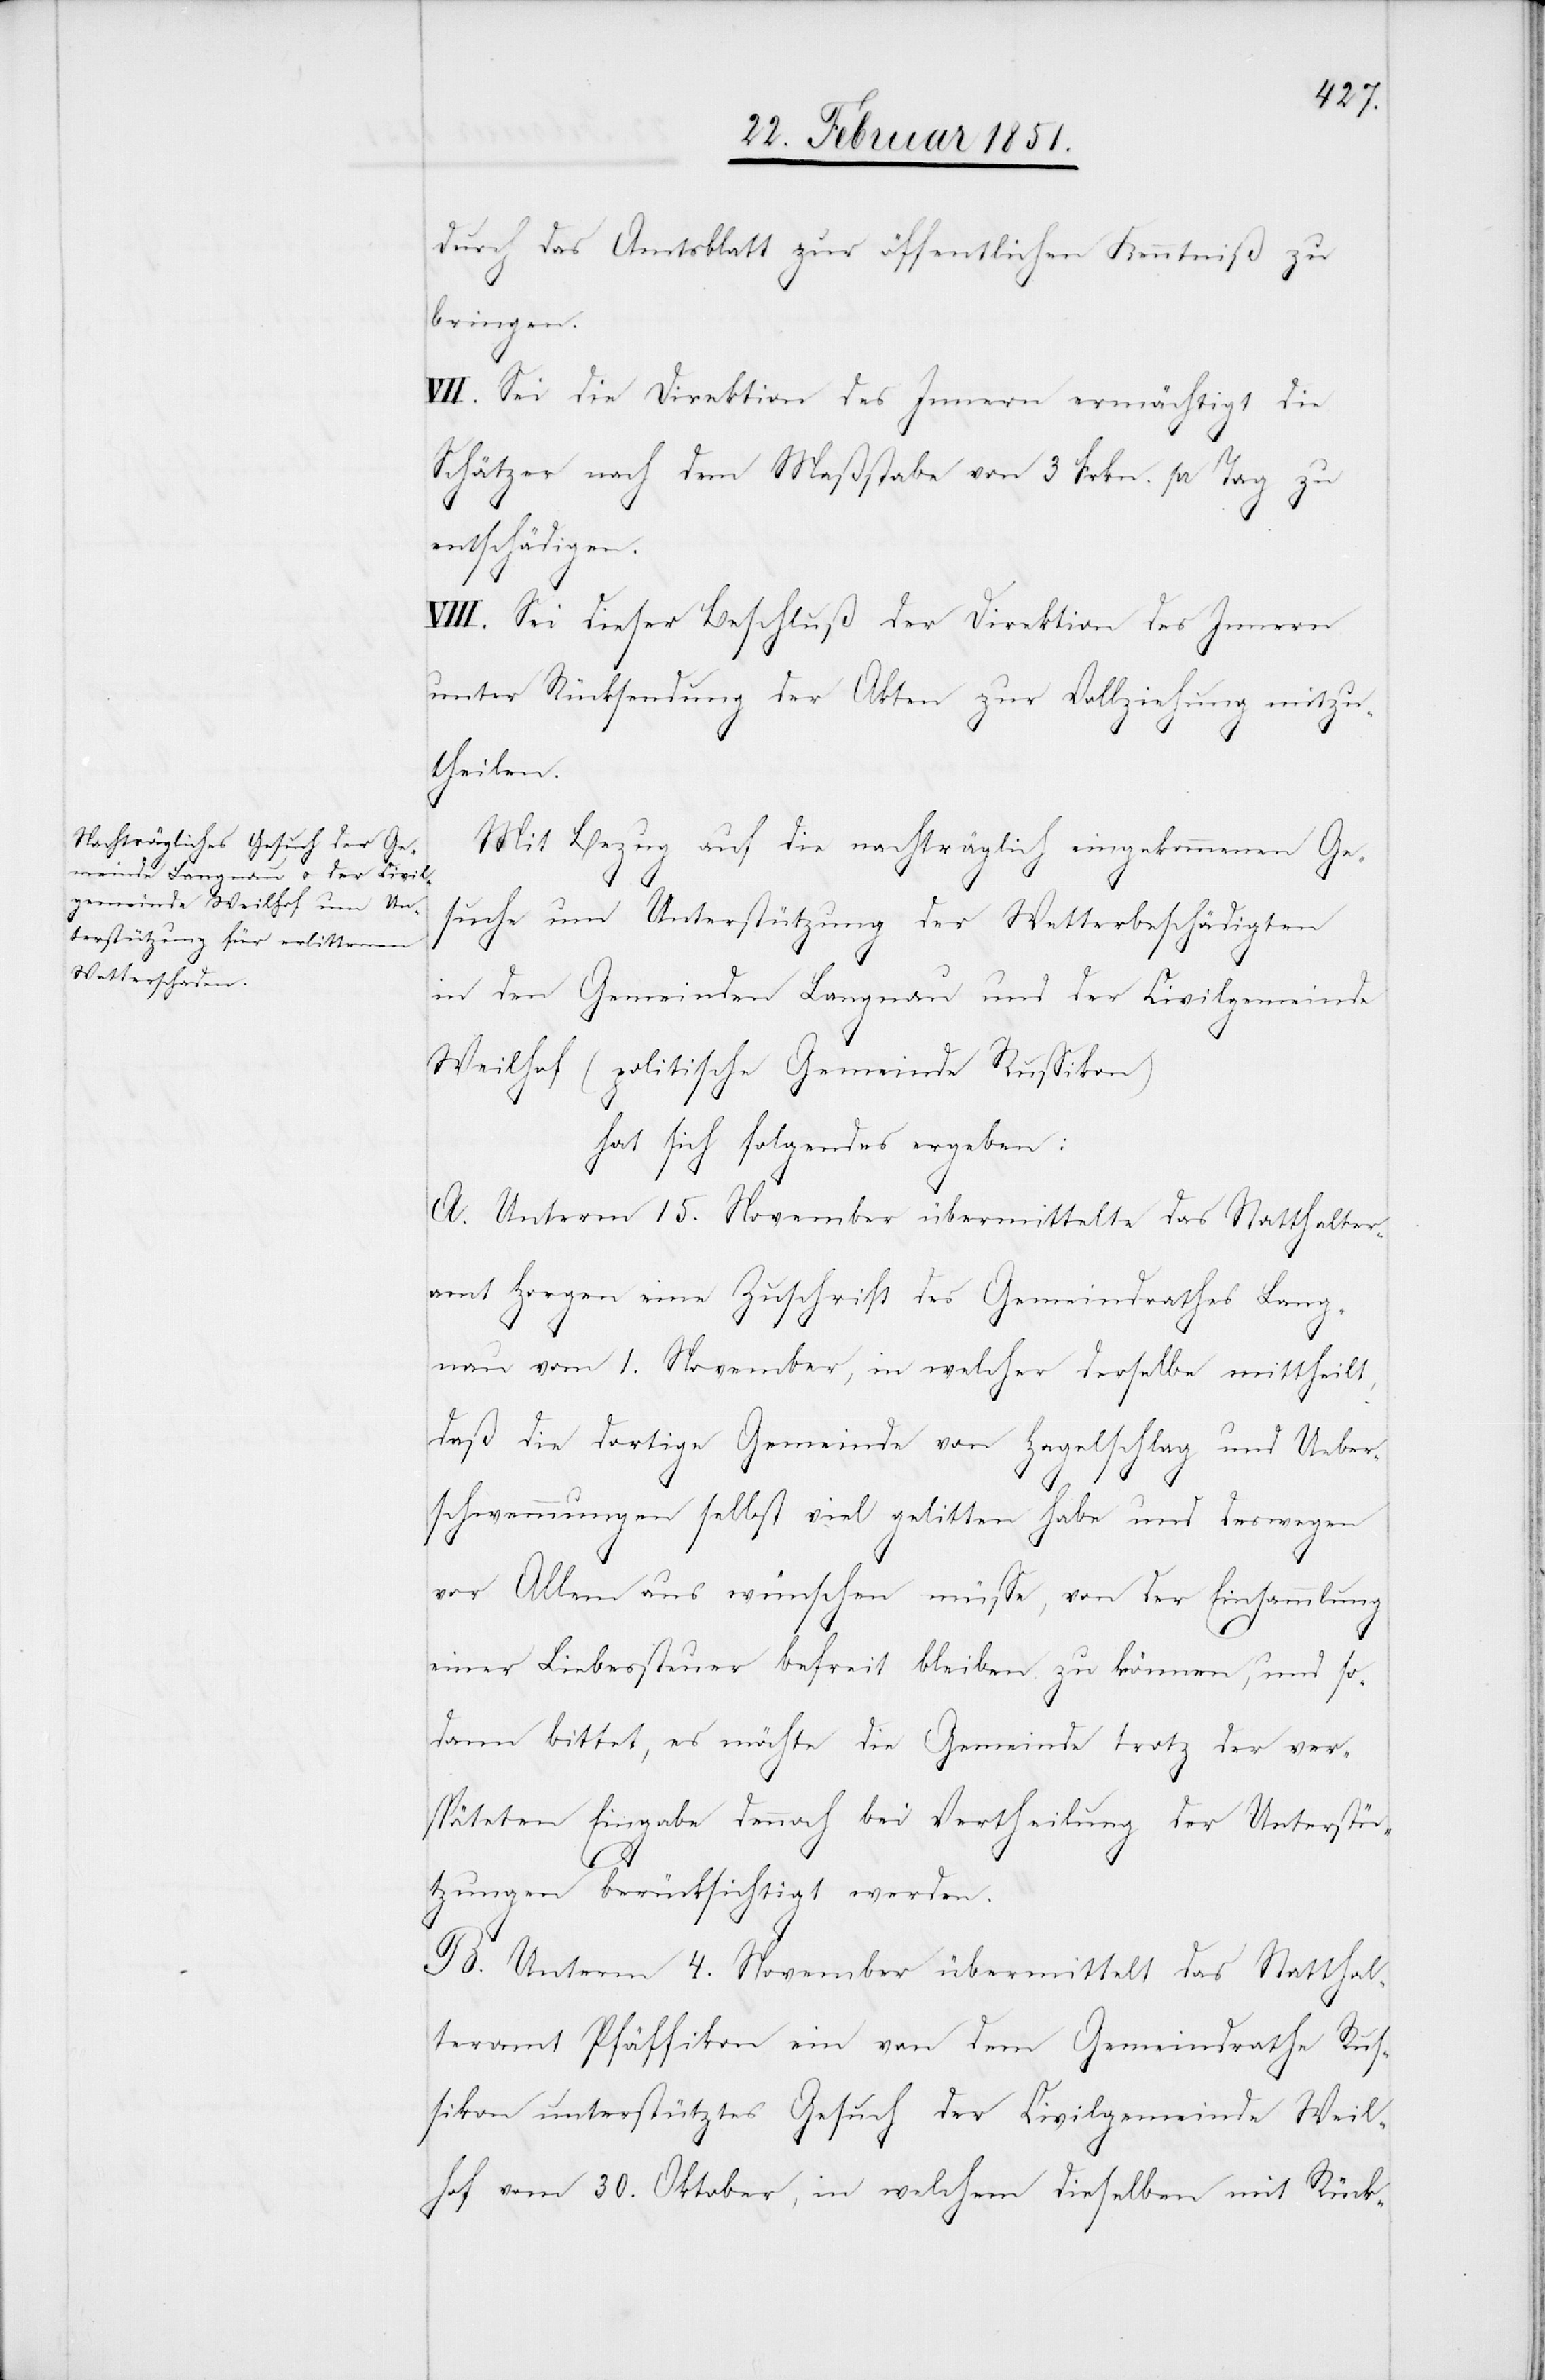
durch das Amtsblatt zur öffentlichen Kenntniß zu
bringen.
VII. Sei die Direktion des Innern ermächtigt die
Schätzer nach dem Maßstabe von 3 Frkn. pr Tag zu
entschädigen.
VIII. Sei dieser Beschluß der Direktion des Innern
unter Rücksendung der Akten zur Vollziehung mitzu¬
theilen.
Mit Bezug auf die nachträglich eingekommenen Ge¬
suche um Unterstützung der Wetterbeschädigten
in den Gemeinden Langnau und der Civilgemeinde
Weilhof (politische Gemeinde Russikon)
hat sich folgendes ergeben:
A. Unterm 15. November übermittelte das Statthalter¬
amt Horgen eine Zuschrift des Gemeindrathes Lang¬
nau vom 1. November, in welcher derselbe mittheilt,
daß die dortige Gemeinde von Hagelschlag und Ueber¬
schwemmungen selbst viel gelitten habe und deswegen
vor Allem aus wünschen müsse, von der Einsammlung
einer Liebessteuer befreit bleiben zu können, und so¬
dann bittet, es möchte die Gemeinde trotz der ver¬
späteten Eingabe dennoch bei Vertheilung der Unterstü¬
tzungen berücksichtigt werden.
B. Unterm 4. November übermittelt das Statthal¬
teramt Pfäffikon ein von dem Gemeindrathe Rus¬
sikon unterstütztes Gesuch der Civilgemeinde Weil¬
hof vom 30. Oktober, in welchem dieselben mit Rück-